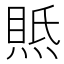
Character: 𤋇